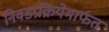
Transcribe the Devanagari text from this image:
निवडप्रक्रियेमार्फत